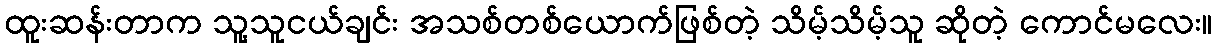
ထူးဆန်းတာက သူ့သူငယ်ချင်း အသစ်တစ်ယောက်ဖြစ်တဲ့ သိမ့်သိမ့်သူ ဆိုတဲ့ ကောင်မလေး။